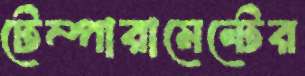
টেম্পারামেন্টের